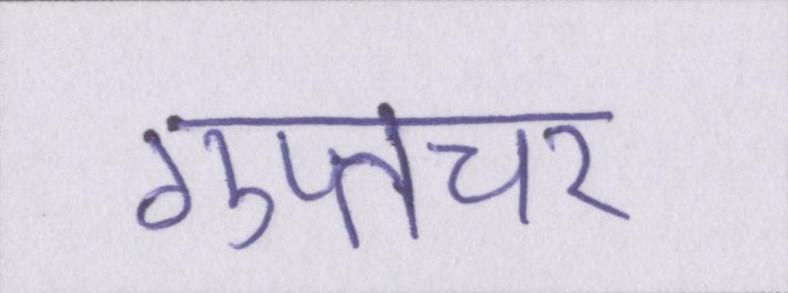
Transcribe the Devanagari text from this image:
गुप्तचर